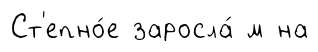
Ст'епно́е заросла́ м на